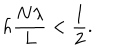
LaTeX: h \frac { N \lambda } { L } < \frac { 1 } { 2 } .